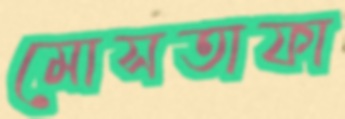
মোসতাফা